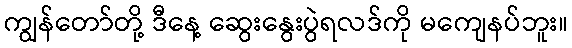
ကျွန်တော်တို့ ဒီနေ့ ဆွေးနွေးပွဲရလဒ်ကို မကျေနပ်ဘူး။